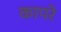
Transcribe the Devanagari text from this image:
कापरे